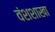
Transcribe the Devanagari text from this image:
वंशशाखा